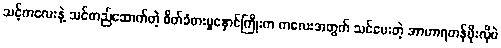
သင့်ကလေးနဲ့ သင်တည်ဆောက်တဲ့ စိတ်ခံစားမှုနှောင်ကြိုးက ကလေးအတွက် သင်ပေးတဲ့ အာဟာရတန်ဖိုးလိုပဲ